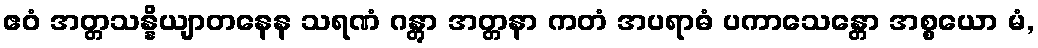
ဧဝံ အတ္တသန္နိယျာတနေန သရဏံ ဂန္တွာ အတ္တနာ ကတံ အပရာဓံ ပကာသေန္တော အစ္စယော မံ,